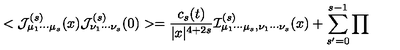
< { \cal J } _ { \mu _ { 1 } \cdots \mu _ { s } } ^ { ( s ) } ( x ) { \cal J } _ { \nu _ { 1 } \cdots \nu _ { s } } ^ { ( s ) } ( 0 ) > = { \frac { c _ { s } ( t ) } { | x | ^ { 4 + 2 s } } } { \cal I } _ { \mu _ { 1 } \cdots \mu _ { s } , \nu _ { 1 } \cdots \nu _ { s } } ^ { ( s ) } ( x ) + \sum _ { s ^ { \prime } = 0 } ^ { s - 1 } { \prod }